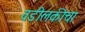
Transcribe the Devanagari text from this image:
वडीलकीचा